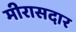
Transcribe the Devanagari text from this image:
मीरासदार